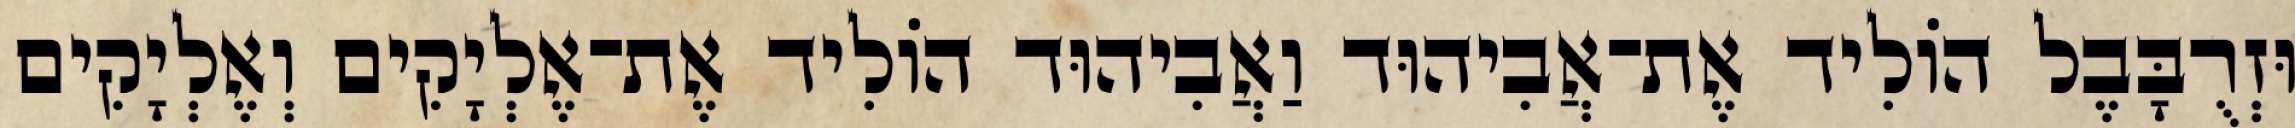
וּזְרֻבָּבֶל הוֹלִיד אֶת־אֲבִיהוּד וַאֲבִיהוּד הוֹלִיד אֶת־אֶלְיָקִים וְאֶלְיָקִים